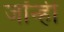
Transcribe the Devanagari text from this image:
जॉन्ही